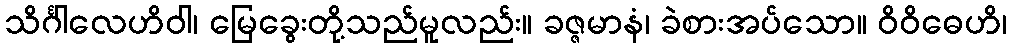
သိင်္ဂါလေဟိဝါ၊ မြေခွေးတို့သည်မူလည်း။ ခဇ္ဇမာနံ၊ ခဲစားအပ်သော။ ဝိဝိဓေဟိ၊